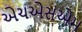
એચએસએમ